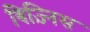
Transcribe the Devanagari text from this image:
बिज़्निस